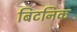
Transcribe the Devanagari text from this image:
बिटनिक